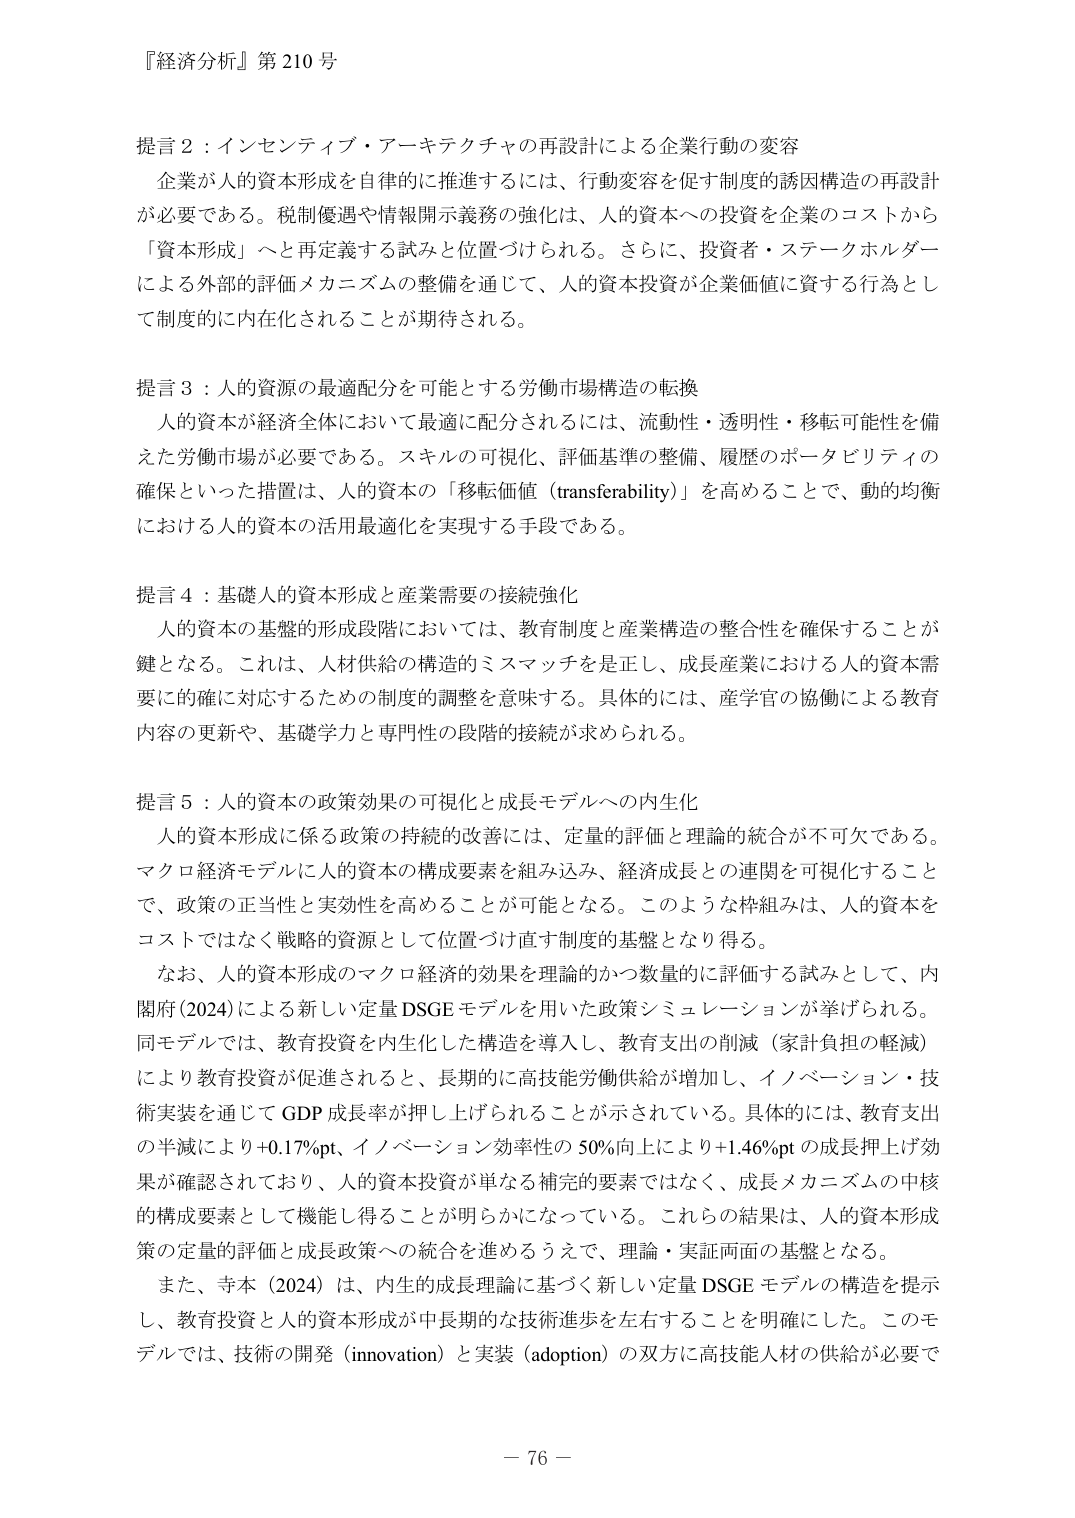
『経済分析』第210号

提言2：インセンティブ・アーキテクチャの再設計による企業行動の変容
企業が人的資本形成を自律的に推進するには、行動変容を促す制度的誘因構造の再設計が必要である。税制優遇や情報開示義務の強化は、人的資本への投資を企業のコストから「資本形成」へと再定義する試みと位置づけられる。さらに、投資者・ステークホルダーによる外部的評価メカニズムの整備を通じて、人的資本投資が企業価値に資する行為として制度的に内在化されることが期待される。

提言3：人的資源の最適配分を可能とする労働市場構造の転換
人的資本が経済全体において最適に配分されるには、流動性・透明性・移転可能性を備えた労働市場が必要である。スキルの可視化（評価基準の整備）、履歴のポータビリティの確保といった措置は、人的資本の「移転価値（transferability）」を高めることで、動的均衡における人的資本の活用最適化を実現する手段である。

提言4：基礎人的資本形成と産業需要の接続強化
人的資本の基盤的形成段階においては、教育制度と産業構造の整合性を確保することが鍵となる。これは、人材供給の構造的ミスマッチを是正し、成長産業における人的資本需要に的確に対応するための制度的調整を意味する。具体的には、産学官の協働による教育内容の更新や、基礎学力と専門性の段階的接続が求められる。

提言5：人的資本の政策効果の可視化と成長モデルへの内在化
人的資本形成に係る政策の持続的改善には、定量的評価と理論的統合が不可欠である。マクロ経済モデルに人的資本の構成要素を組み込み、経済成長との連関を可視化することで、政策の正当性と実効性を高めることが可能となる。このような枠組みは、人的資本をコストではなく戦略的資源として位置づけ直す制度的基盤となり得る。
なお、人的資本形成のマクロ経済的効果を理論的かつ数量的に評価する試みとして、内閣府（2024）による新しい定量DSGEモデルを用いた政策シミュレーションが挙げられる。同モデルでは、教育投資を内在化した構造を導入し、教育支出の削減（家計負担の軽減）により教育投資が促進されると、長期的に高技能労働供給が増加し、イノベーション・技術実装を通じてGDP成長率が押し上げられることが示されている。具体的には、教育支出の半減により+0.17％pt、イノベーション効率性の50％向上により+1.46％ptの成長押上げ効果が確認されており、人的資本投資が単なる補完的要素ではなく、成長メカニズムの中核的構成要素として機能し得ることが明らかになっている。これらの結果は、人的資本形成策の定量的評価と成長政策への統合を進めるうえで、理論・実証両面の基盤となる。
また、寺本（2024）は、内生的成長理論に基づく新しい定量DSGEモデルの構造を提示し、教育投資と人的資本形成が中長期的な技術進歩を左右することを明確にした。このモデルでは、技術の開発（innovation）と実装（adoption）の双方に高技能人材の供給が必要で

－76－